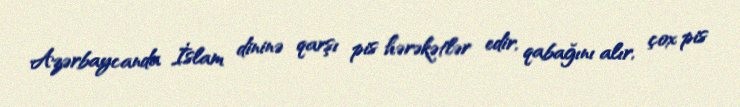
Azərbaycanda İslam dininə qarşı pis hərəkətlər edir, qabağını alır, çox pis